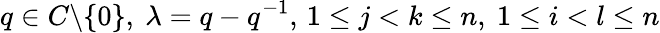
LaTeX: q\in C\backslash\{ 0\} ,\ \lambda=q-q^{-1},\, 1\leq j<k\leq n,\ 1\leq i<l\leq n